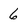
Character: 6